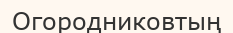
Огородниковтың